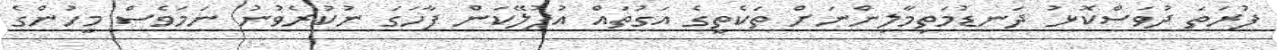
ފުރަތަ ދުވަސްކޮޅު ދަނޑުމަތިމާލިންނަށް ތަކެތީގެ އަގުތައް އުފުލޭކަން ފާހަގަ ނުކުރެވުނު ނަމަވެސް މީހުންގެ